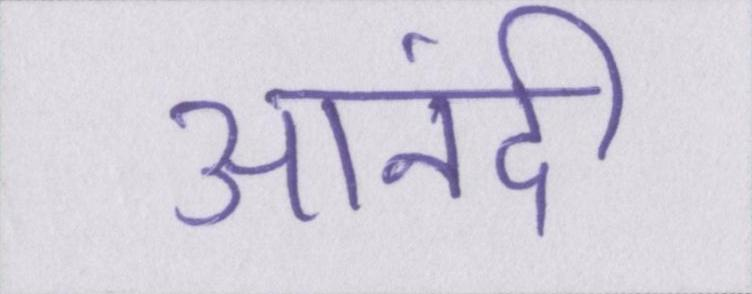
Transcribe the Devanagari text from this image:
आनंदी